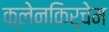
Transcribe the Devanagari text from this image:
क्लेनकिर्चेम